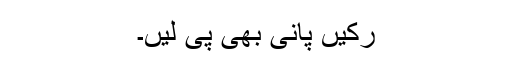
رکیں پانی بھی پی لیں۔